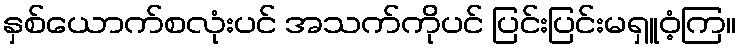
နှစ်ယောက်စလုံးပင် အသက်ကိုပင် ပြင်းပြင်းမရှူဝံ့ကြ။